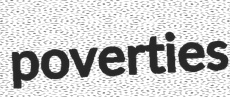
poverties